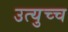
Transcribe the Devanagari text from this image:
उत्युच्च